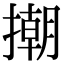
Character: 𢴿